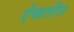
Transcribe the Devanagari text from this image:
ऐकतील